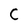
Character: C